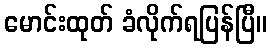
မောင်းထုတ် ခံလိုက်ရပြန်ပြီ။